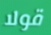
قولا